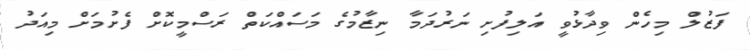
ފަޒުލް މިހެން ވިދާޅުވީ އަލިފުށި ނަރުދަމާ ނިޒާމުގެ މަސައްކަތް ރަސްމީކޮށް ފެށުމަށް މިއަދު